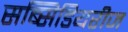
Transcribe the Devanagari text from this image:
सब्सिडियरीज